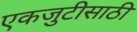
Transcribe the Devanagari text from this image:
एकजुटीसाठी